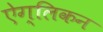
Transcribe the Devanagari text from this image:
ऐग्लिकन